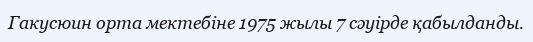
Гакусюин орта мектебіне 1975 жылы 7 сәуірде қабылданды.